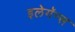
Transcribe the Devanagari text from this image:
इलेगॅन्स